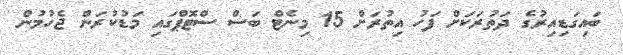
ބައިގަޑިއިރުގެ ދަތުރަކަށް ފަހު އިތުރަށް 15 މިނެޓް ބަސް ސްޓޮޕްގައި މަޑުކުރަން ޖެހުމުން